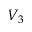
V _ { 3 }